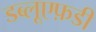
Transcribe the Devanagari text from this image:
डब्लूएफ़डी